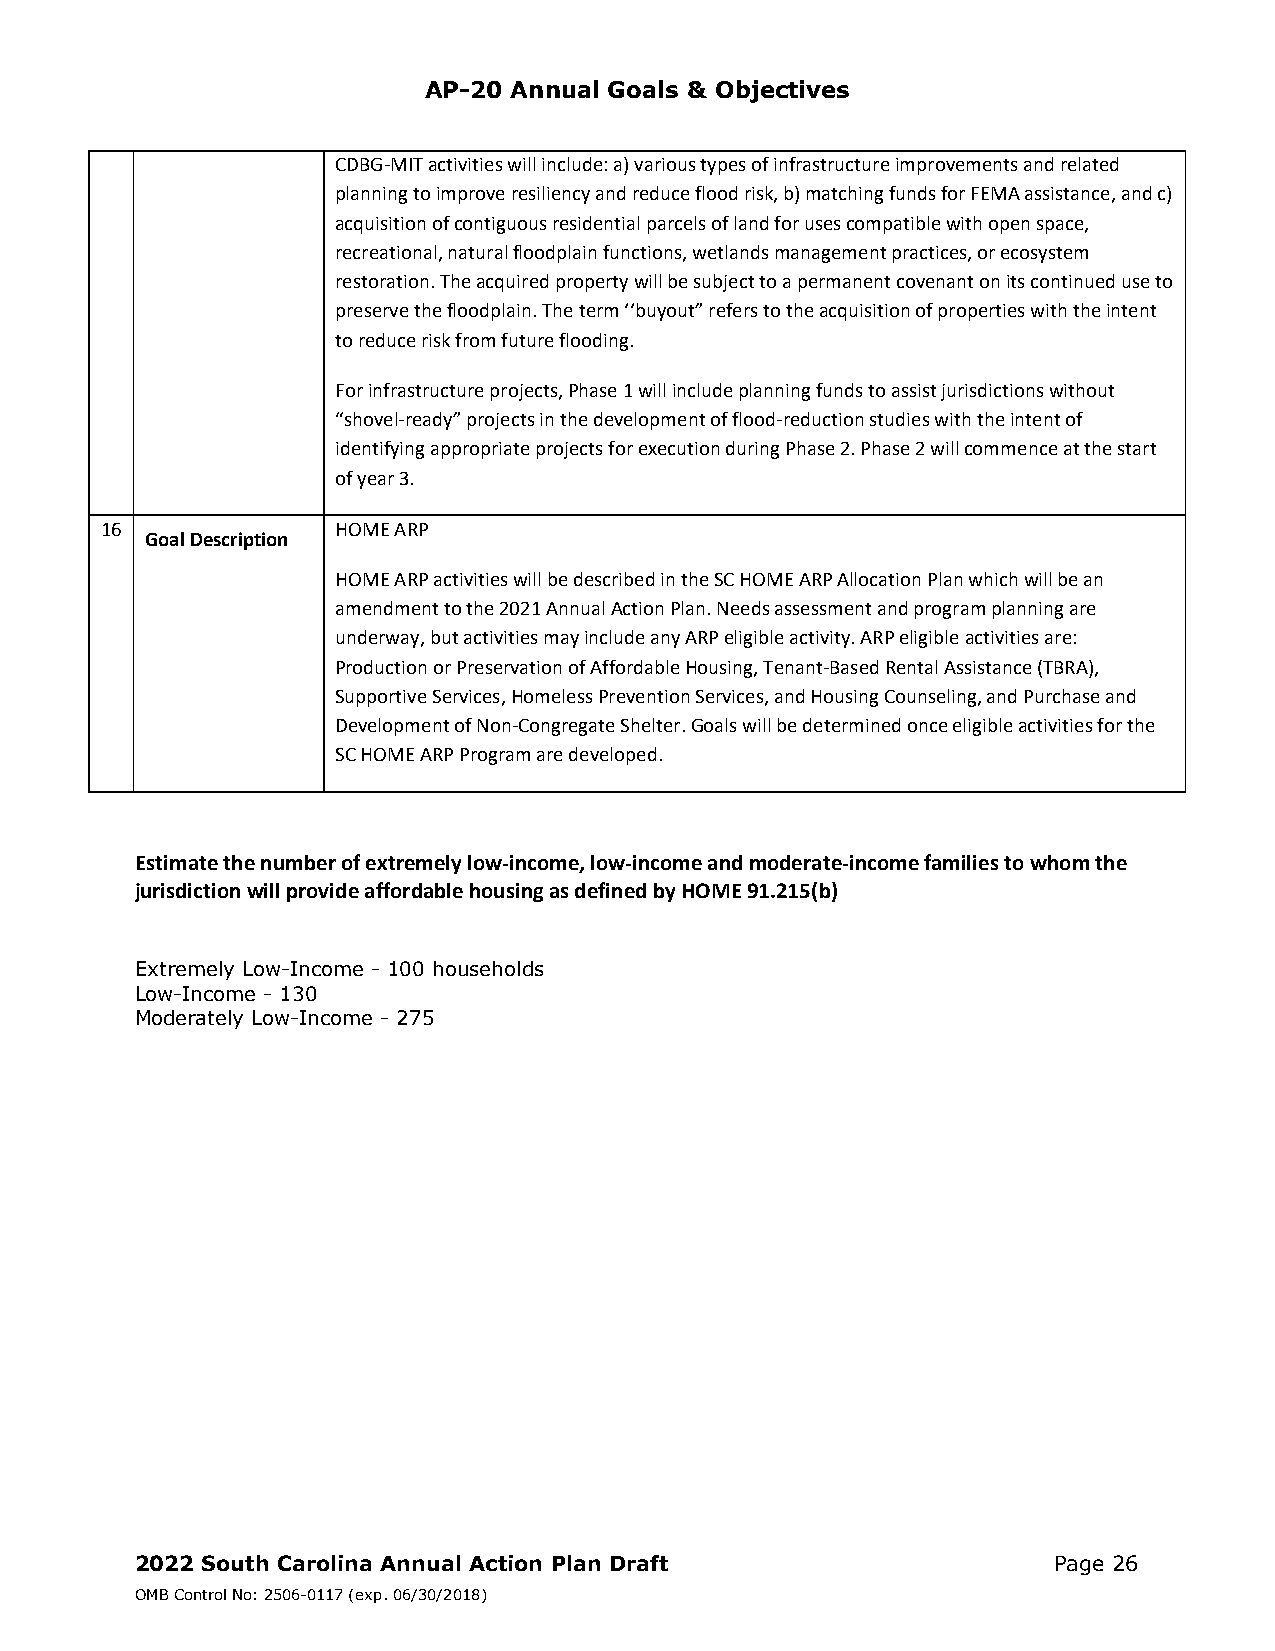
AP-20 Annual Goals & Objectives
 CDBG‐MIT activities will include: a) various types of infrastructure improvements and related
 planning to improve resiliency and reduce flood risk, b) matching funds for FEMA assistance, and c)
 acquisition of contiguous residential parcels of land for uses compatible with open space,
 recreational, natural floodplain functions, wetlands management practices, or ecosystem
 restoration. The acquired property will be subject to a permanent covenant on its continued use to
 preserve the floodplain. The term ‘‘buyout” refers to the acquisition of properties with the intent
 to reduce risk from future flooding.
 For infrastructure projects, Phase 1 will include planning funds to assist jurisdictions without
 “shovel‐ready” projects in the development of flood‐reduction studies with the intent of
 identifying appropriate projects for execution during Phase 2. Phase 2 will commence at the start
 of year 3.
 16             HOME ARP
 Goal Description
 HOME ARP activities will be described in the SC HOME ARP Allocation Plan which will be an
 amendment to the 2021 Annual Action Plan. Needs assessment and program planning are
 underway, but activities may include any ARP eligible activity. ARP eligible activities are:
 Production or Preservation of Affordable Housing, Tenant‐Based Rental Assistance (TBRA),
 Supportive Services, Homeless Prevention Services, and Housing Counseling, and Purchase and
 Development of Non‐Congregate Shelter. Goals will be determined once eligible activities for the
 SC HOME ARP Program are developed.
 Estimate the number of extremely low‐income, low‐income and moderate‐income families to whom the
 jurisdiction will provide affordable housing as defined by HOME 91.215(b)
 Extremely Low-Income - 100 households
 Low-Income - 130
 Moderately Low-Income - 275
 2022 South Carolina Annual Action Plan Draft                 Page 26
 OMB Control No: 2506-0117 (exp. 06/30/2018)